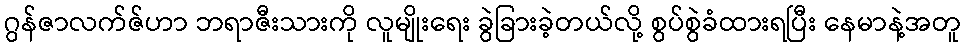
ဂွန်ဇာလက်ဇ်ဟာ ဘရာဇီးသားကို လူမျိုးရေး ခွဲခြားခဲ့တယ်လို့ စွပ်စွဲခံထားရပြီး နေမာနဲ့အတူ